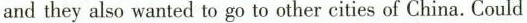
and they also wanted to go to other cities of China. Could